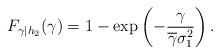
LaTeX: \begin{align*}F_{\gamma|h_2}(\gamma)=1- \exp\left(-\frac{\gamma}{\overline{\gamma}\sigma_1^2}\right).\end{align*}